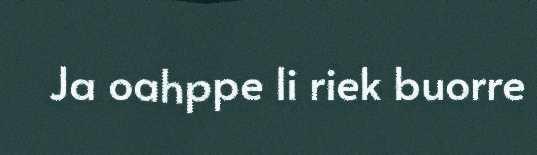
Ja oahppe li riek buorre